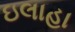
ઇલાહા